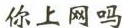
你上网吗